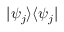
\textstyle | \psi _ { j } \rangle \langle \psi _ { j } |